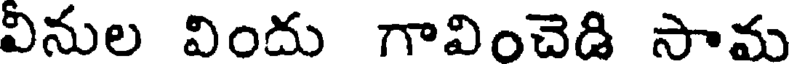
వినుల విందు గావించెడి సామ